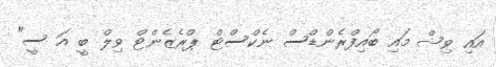
އައި ވިޝް މައި ބޯއިފްރެންޑްސް ނެކްސްޓް ޕްރެޒެންޓް ވިލް ބީ އަ ސީ"